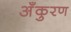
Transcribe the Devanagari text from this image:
अँकुरण